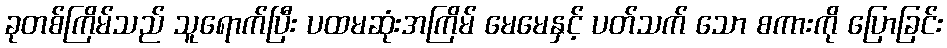
ခုတစ်ကြိမ်သည် သူရောက်ပြီး ပထမဆုံးအကြိမ် မေမေနှင့် ပတ်သက် သော စကားကို ပြောခြင်း